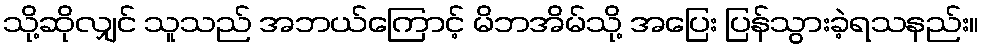
သို့ဆိုလျှင် သူသည် အဘယ်ကြောင့် မိဘအိမ်သို့ အပြေး ပြန်သွားခဲ့ရသနည်း။